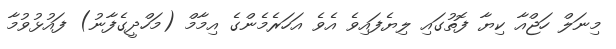
މިނަލް ހަޖްއާ ކިޔާ ފޮތުގައި ލިޔެފައިވެ އެވެ އަހަރެމެންގެ އިމާމް (މަހްދީގެފާނު) ފައުޅުވުމާ